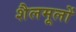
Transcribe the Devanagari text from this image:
शैलमूलों